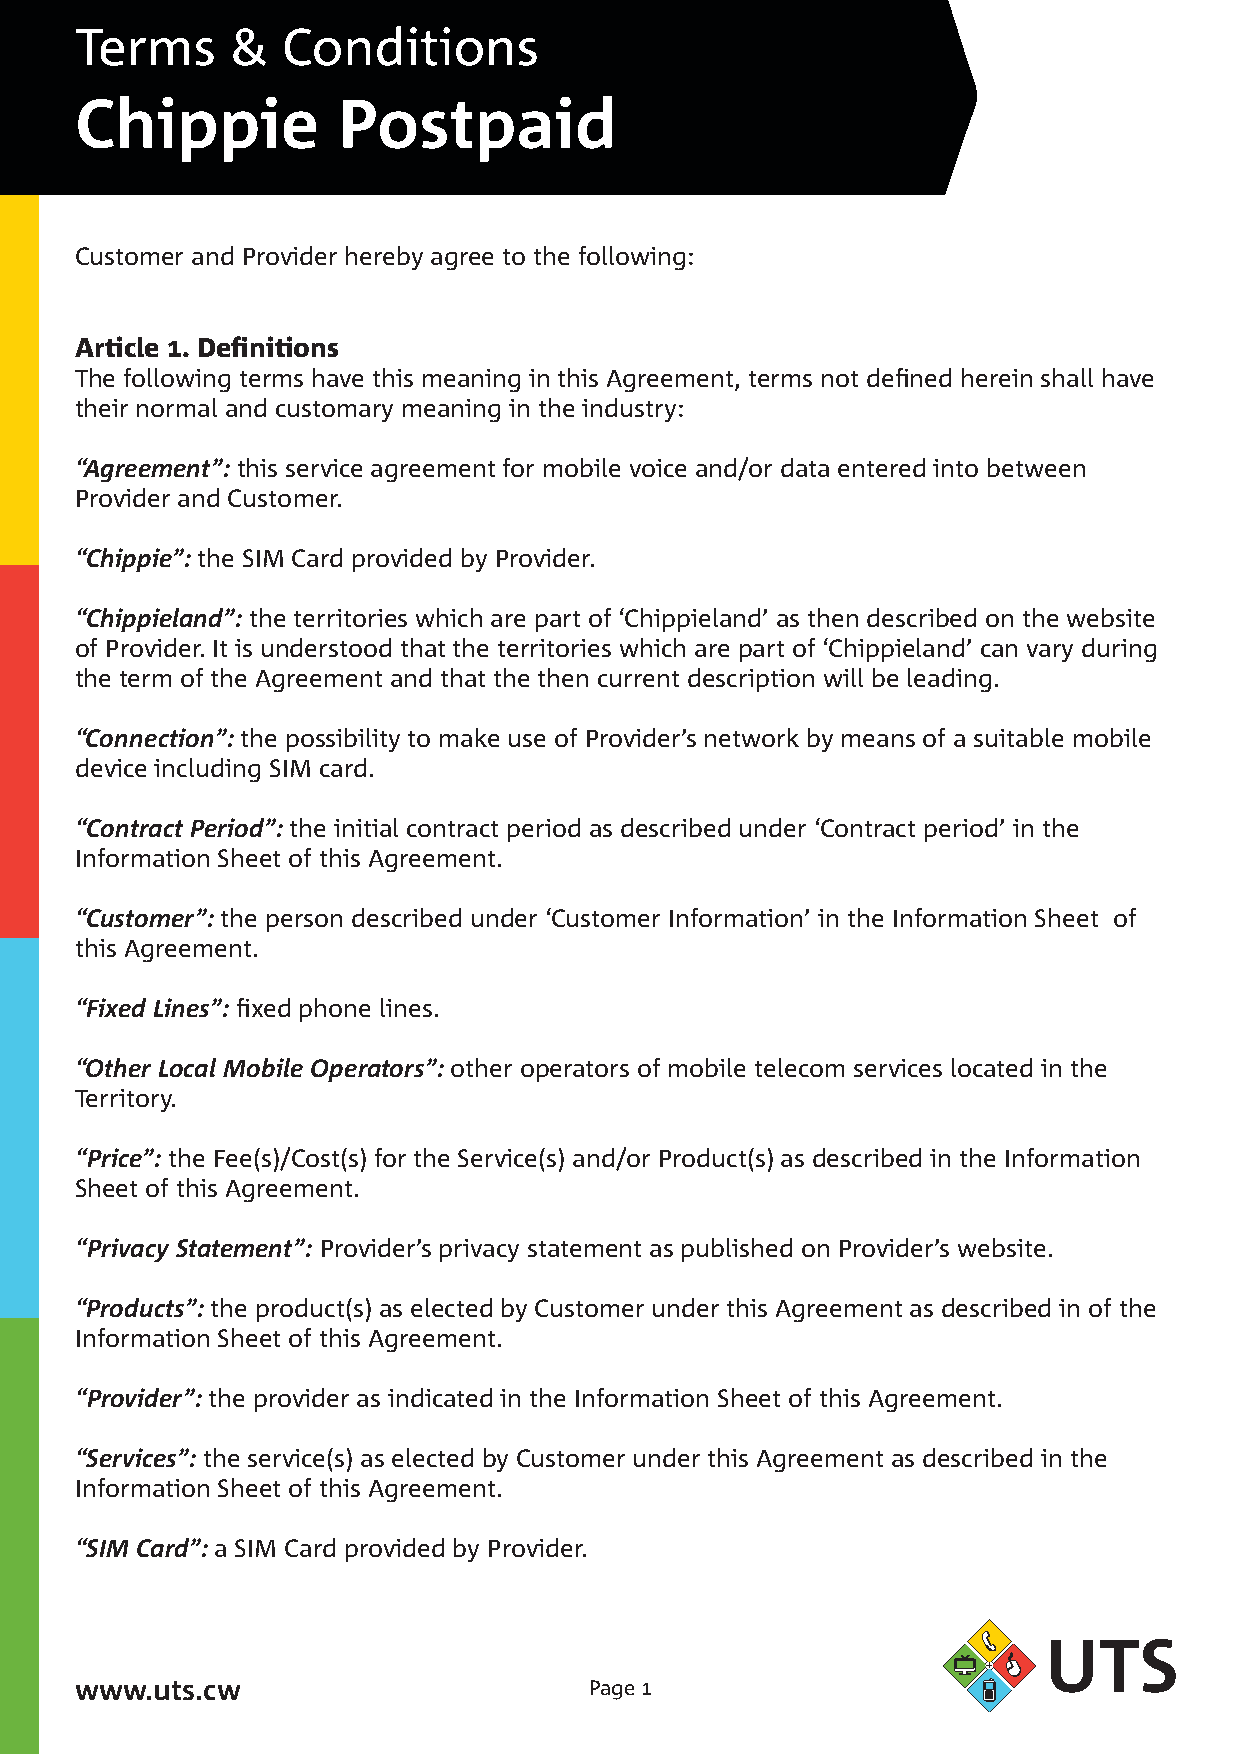
Terms     &   Conditions
 Chippie          Postpaid
 Customer and Provider hereby agree to the following:
 Article 1. Definitions
 The following terms have this meaning in this Agreement, terms not defined herein shall have
 their normal and customary meaning in the industry:
 “Agreement”: this service agreement for mobile voice and/or data entered into between
 Provider and Customer.
 “Chippie”: the SIM Card provided by Provider.
 “Chippieland”: the territories which are part of ‘Chippieland’ as then described on the website
 of Provider. It is understood that the territories which are part of ‘Chippieland’ can vary during
 the term of the Agreement and that the then current description will be leading.
 “Connection”: the possibility to make use of Provider’s network by means of a suitable mobile
 device including SIM card.
 “Contract Period”: the initial contract period as described under ‘Contract period’ in the
 Information Sheet of this Agreement.
 “Customer”: the person described under ‘Customer Information’ in the Information Sheet of
 this Agreement.
 “Fixed Lines”: fixed phone lines.
 “Other Local Mobile Operators”: other operators of mobile telecom services located in the
 Territory.
 “Price”: the Fee(s)/Cost(s) for the Service(s) and/or Product(s) as described in the Information
 Sheet of this Agreement.
 “Privacy Statement”: Provider’s privacy statement as published on Provider’s website.
 “Products”: the product(s) as elected by Customer under this Agreement as described in of the
 Information Sheet of this Agreement.
 “Provider”: the provider as indicated in the Information Sheet of this Agreement.
 “Services”: the service(s) as elected by Customer under this Agreement as described in the
 Information Sheet of this Agreement.
 “SIM Card”: a SIM Card provided by Provider.
 www.uts.cw                        Page 